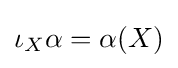
\iota _{X}\alpha =\alpha (X)